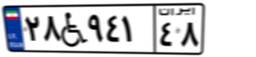
۲۸W۹۴۱۴۸